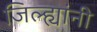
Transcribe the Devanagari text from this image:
जिल्ह्यांनी